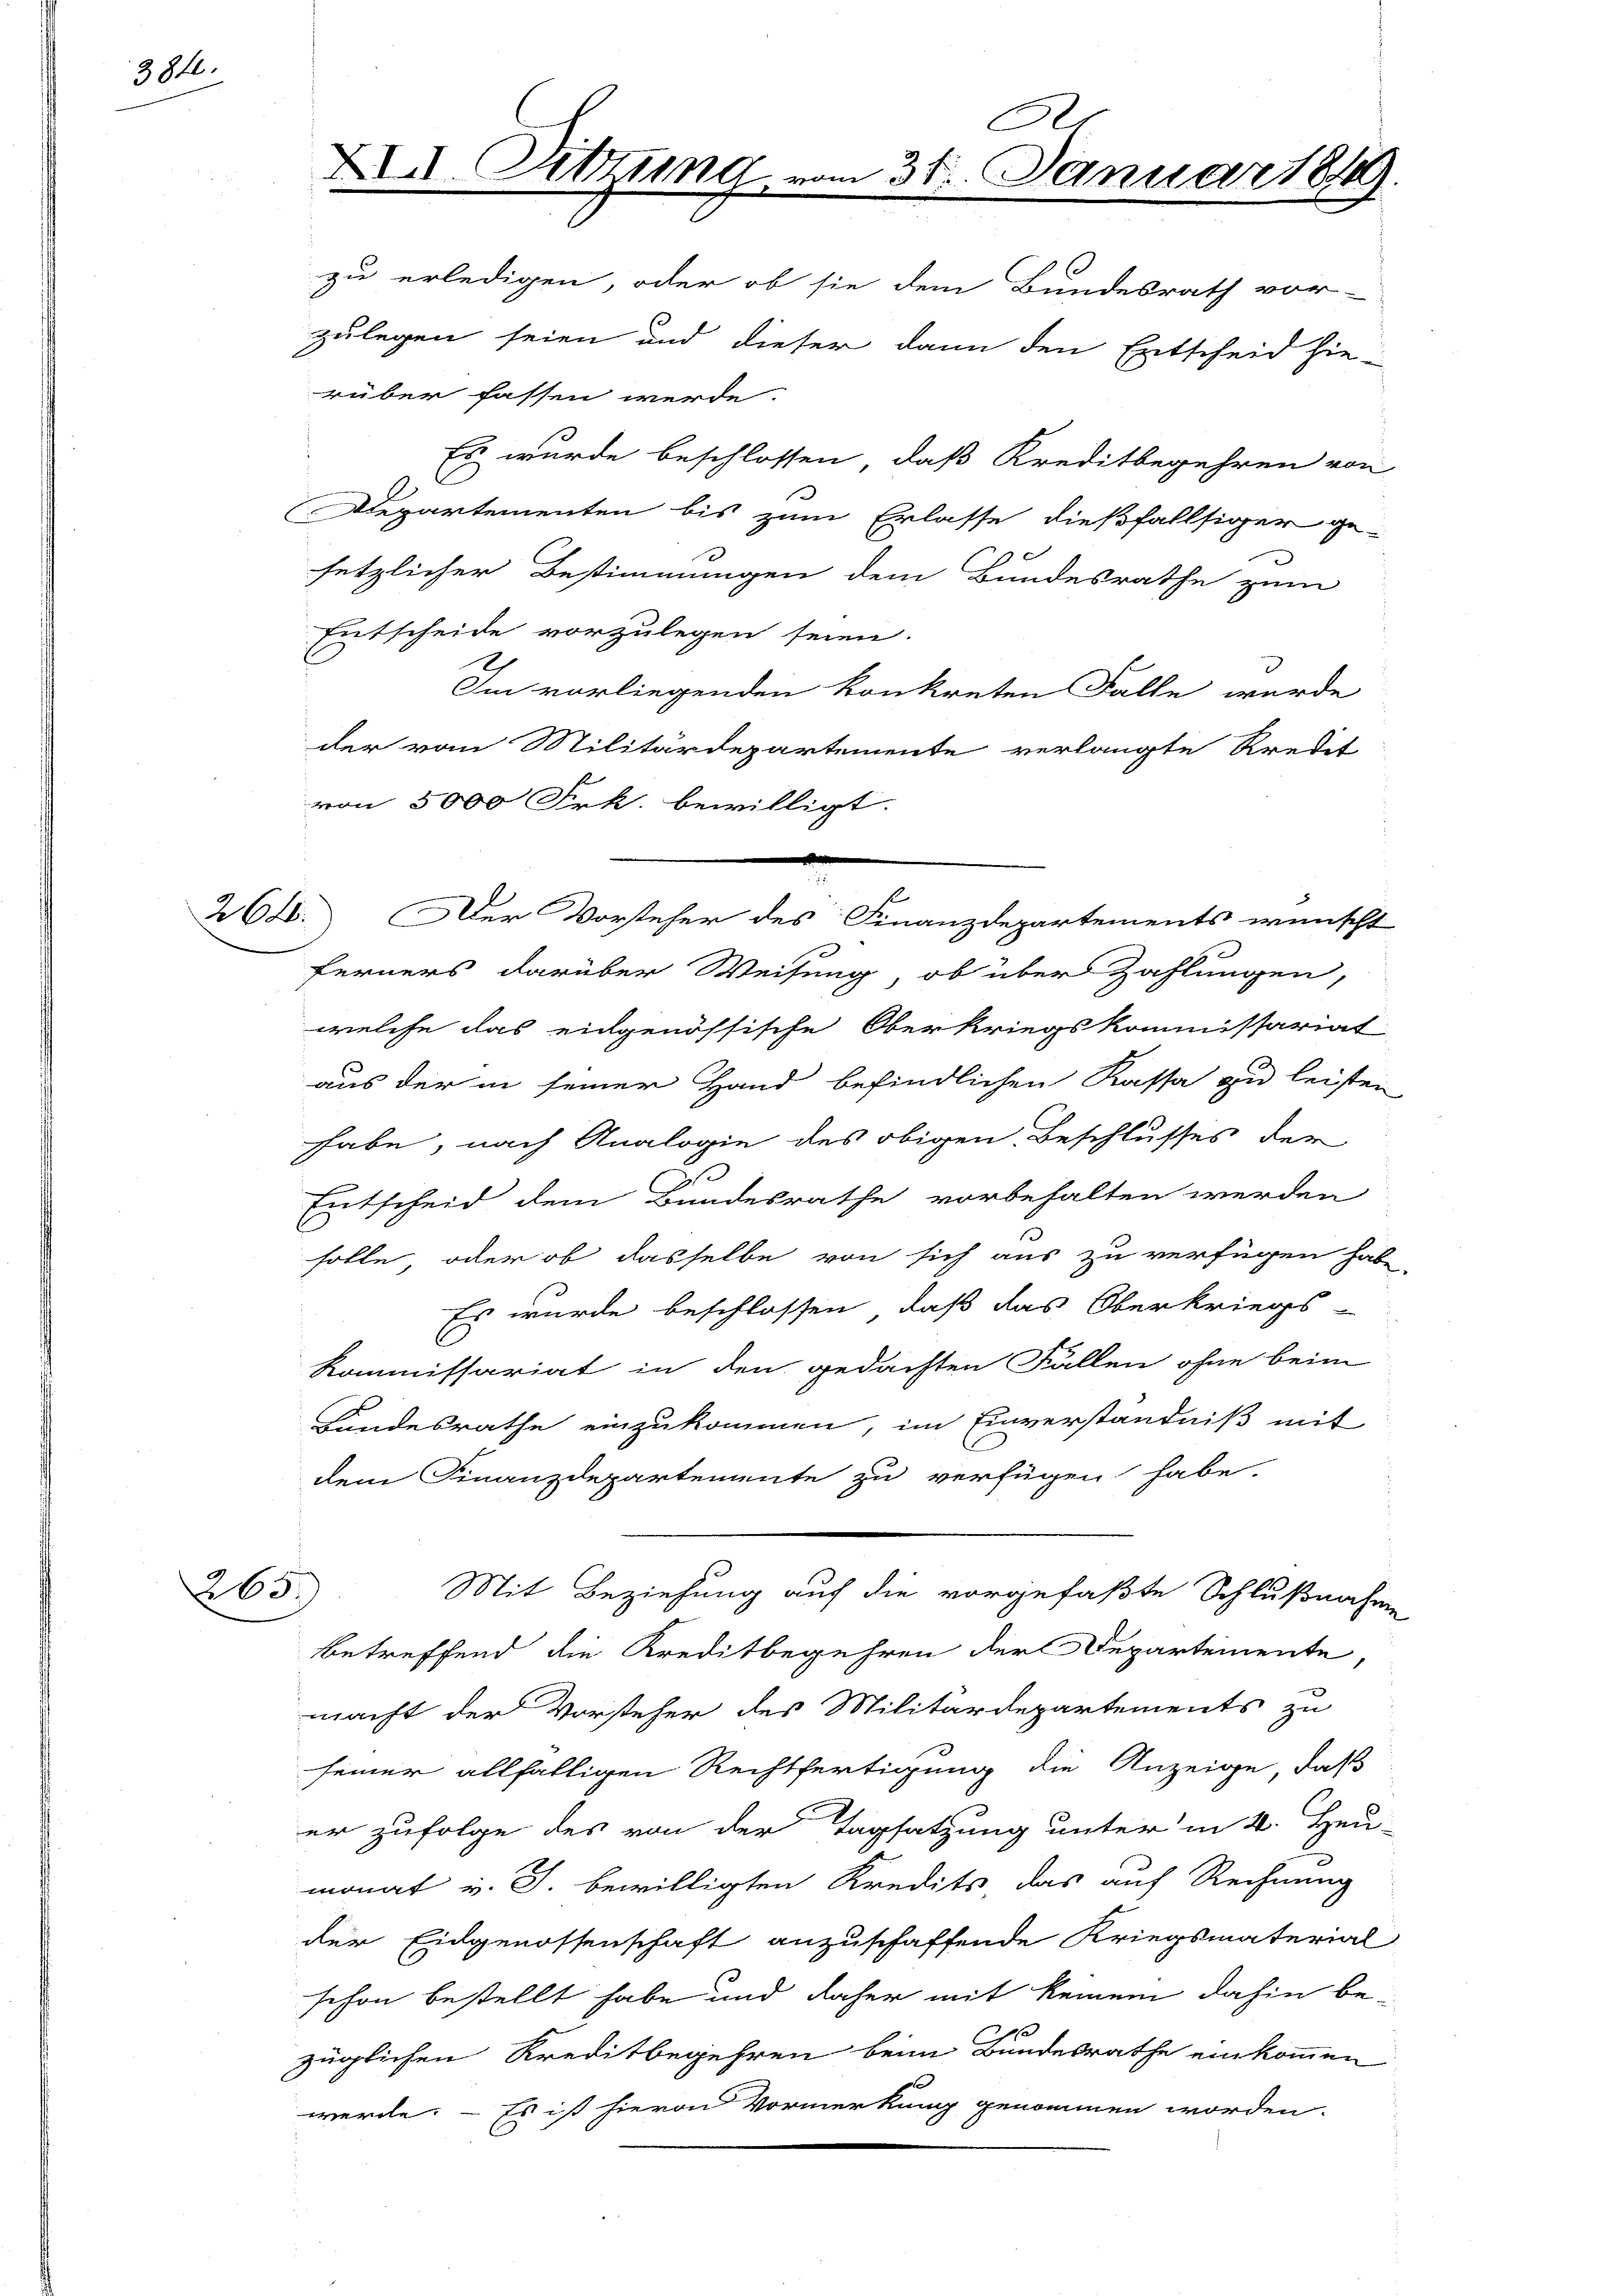
384.

265

rüber fassen werde.

XII. Sitzung

zu erledigen, oder ob sie dem Bundesrath vor-
zulegen seien und dieser dann den Entscheid hie-
Es wurde beschlossen, daß Kreditbegehren von
Departementen bis zum Erlasse dießfallsiger ge-
setzlicher Bestimmungen dem Bundesrathe zum
Entscheide vorzulegen seien.
Im vorliegenden konkreten Falle wurde
der von Militärdepartemente verlangte Kredit
von 5000 Frk. bewilligt.
ferners darüber Weisung, ob über Zahlungen,
welche das eidgenössische Oberkriegskommissariat
aus der in seiner Hand befindlichen Kassa zu leisten,
habe, nach Analogie des obigen Beschlusses der
u
Entscheid dem Bundesrathe vorbehalten werden
solle, oder ob dasselbe von sich aus zu verfügen habe,
Es wurde beschlossen, daß das Oberkriegs-
Kommissariat in den gedachten Fällen ohne beim
Lindesrathe einzukommen, im Einverständniß mit
dem Finanzdepartemente zu verfügen habe.
Mit Beziehung auf die vorgefaßte Schlußnahme
betreffend die Kreditbegehren der Departemente,
macht der Vorsteher des Militärdepartements zu
seiner allfältigen Rechtfertigung die Anzeige, daß
er zufolge des von der Tagsatzung unter in 4. Heu-
monat v. J. bewilligten Kredits, das auf Rechnung
der Eidgenossenschaft anzuschaffende Kriegsmaterial
schon bestellt habe und daher mit keinem dahin be-
züglichen Kreditbegehren beim Bundesrathe einkommen
werde. – Es ist hievon Vormerkung genommen worden.

264. Der Vorsteher des Finanzdepartements wünscht

A
n 31. Januar 1849